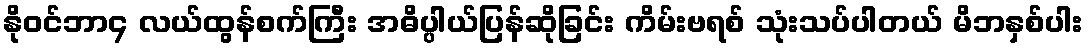
နိုဝင်ဘာ၄ လယ်ထွန်စက်ကြီး အဓိပ္ပါယ်ပြန်ဆိုခြင်း ကိမ်းဗရစ် သုံးသပ်ပါတယ် မိဘနှစ်ပါး